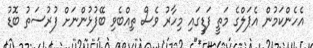
އެހެންކަމުން އެޕަލްގެ މަތީ ފަޑީގައި މިހާރު ވެސް ތިއްބެވި ބޭފުޅުންނަށް ފުރުސަތު ބޮޑު